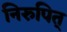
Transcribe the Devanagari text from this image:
निरुपित्